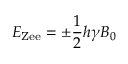
E _ { \mathrm { Z e e } } = \pm \frac { 1 } { 2 } h \gamma B _ { 0 }